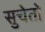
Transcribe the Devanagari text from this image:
सुचेतो